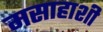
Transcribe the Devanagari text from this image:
मसाहाशी